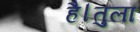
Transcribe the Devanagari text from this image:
है।तुला